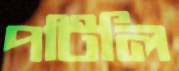
পটিলি